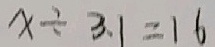
x \div 3 . 1 = 1 6